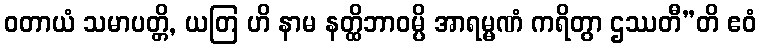
ဝတာယံ သမာပတ္တိ, ယတြ ဟိ နာမ နတ္ထိဘာဝမ္ပိ အာရမ္မဏံ ကရိတွာ ဌဿတီ”တိ ဧဝံ